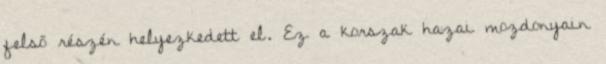
felső részén helyezkedett el. Ez a korszak hazai mozdonyain